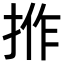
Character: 𢭢